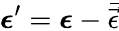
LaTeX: \mathbf{\boldsymbol{\epsilon}}^{\prime}=\mathbf{\boldsymbol{\epsilon}}-\bar{\vec{\epsilon}}